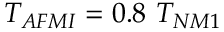
T _ { A F M I } = 0 . 8 { \ } T _ { N M 1 }